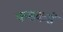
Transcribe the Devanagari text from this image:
कसकसें